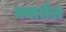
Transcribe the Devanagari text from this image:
क्वार्तल